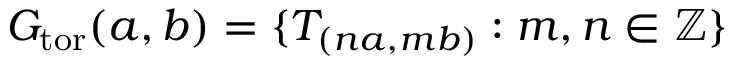
G _ { \mathrm { t o r } } ( a , b ) = \{ T _ { ( n a , m b ) } : m , n \in \mathbb { Z } \}